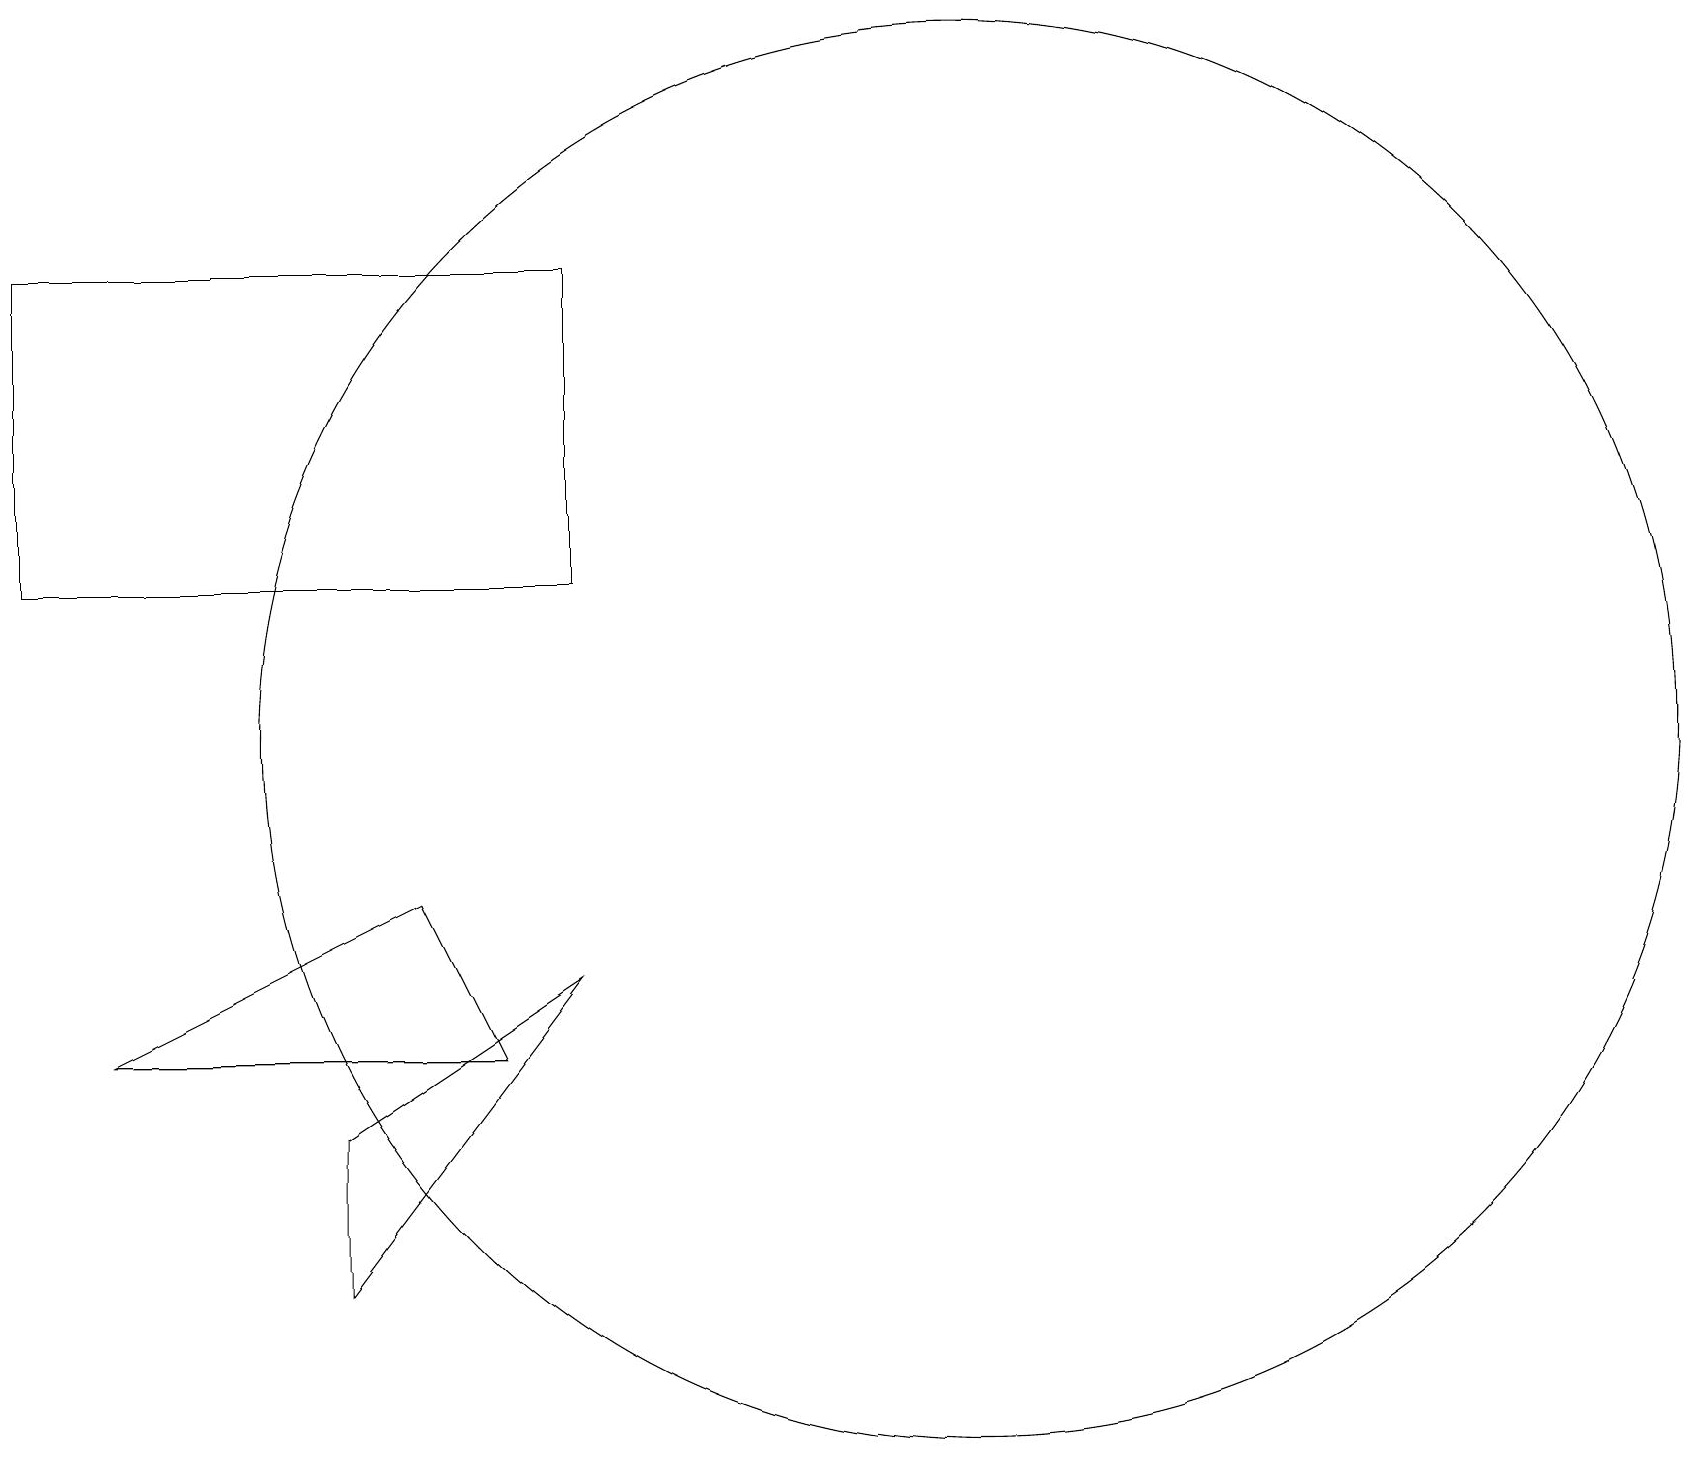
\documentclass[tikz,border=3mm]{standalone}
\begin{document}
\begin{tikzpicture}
\draw (7,7) -- (4,3) -- (4,5) -- cycle;
\draw (5,8) -- (6,6) -- (1,6) -- cycle;
\draw (12,10) circle (9);
\draw (7,12) rectangle (0,16);
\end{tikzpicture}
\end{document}